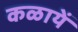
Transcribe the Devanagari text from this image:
कळायें